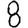
Digit: 8